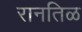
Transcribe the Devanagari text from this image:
रानतिळ